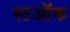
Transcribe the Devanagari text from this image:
स्टऑक